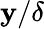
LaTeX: \mathbf{y}/\delta